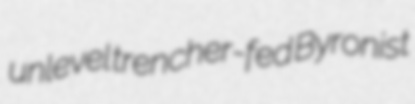
unlevel trencher-fed Byronist